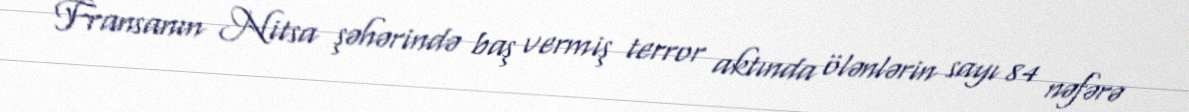
Fransanın Nitsa şəhərində baş vermiş terror aktında ölənlərin sayı 84 nəfərə